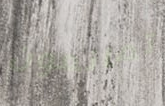
تمانعون